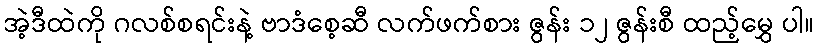
အဲ့ဒီထဲကို ဂလစ်စရင်းနဲ့ ဗာဒံစေ့ဆီ လက်ဖက်စား ဇွန်း ၁၂ ဇွန်းစီ ထည့်မွှေ ပါ။